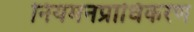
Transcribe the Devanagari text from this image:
नियमनप्राधिकरण